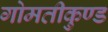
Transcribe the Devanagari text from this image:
गोमतीकुण्ड